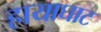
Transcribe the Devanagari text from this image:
हायाघाट